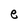
Character: e